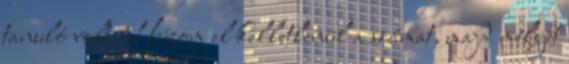
tanuló volt. Húzom el kelletlenül a számat, majd mélyet